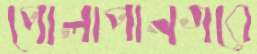
পোলাপানগরে